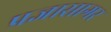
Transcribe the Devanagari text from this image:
प्रज्ञासागर